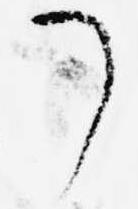
了